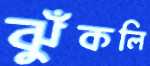
ঝুঁকলি